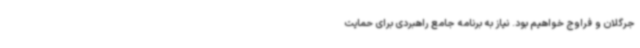
جرگلان و فراوج خواهیم بود. نیاز به برنامه جامع راهبردی برای حمایت